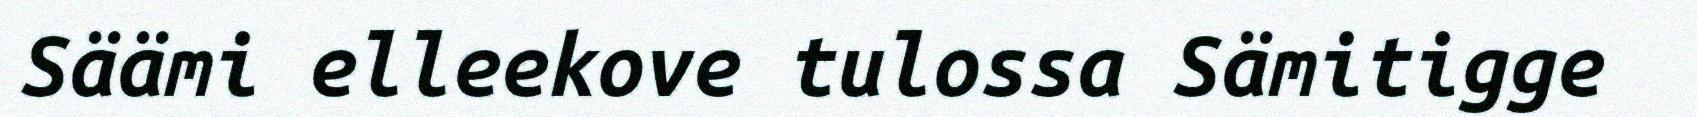
Säämi elleekove tulossa Sämitigge